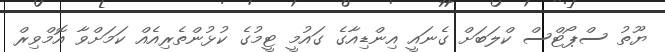
ޔޫތު ސްޕޯޓްސް ކްލަބަށް ގެނައީ އިންޑިއާގެ ގައުމީ ޓީމުގެ ކުޅުންތެރިއެއް ކަމަށްވާ އޮމްވިރް